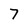
Character: 7